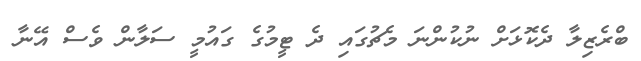
ބްރެޒިލާ ދެކޮޅަށް ނުކުންނަ މެޗުގައި ދެ ޓީމުގެ ގައުމީ ސަލާން ވެސް އޭނާ